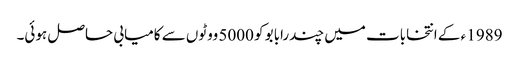
1989 ء کے انتخابات میں چندرابابو کو 5000 ووٹوں سے کامیابی حاصل ہوئی۔